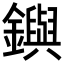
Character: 𨮔